Plague in India, 1896, 1897 - Volume 4
Year: 1896
Disease focus: Plague
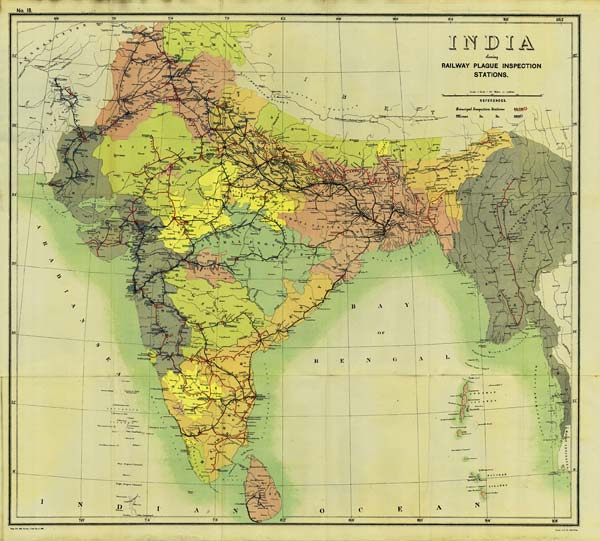
No. 16.
Reg. No. 602, Home.-Jan. 98.—1,000.
Litho., S. I. O., Calcutta.